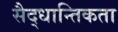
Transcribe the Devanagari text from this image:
सैद्धान्तिकता